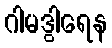
ဂါမဒွါရေန